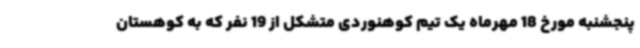
پنجشنبه مورخ 18 مهرماه یک تیم کوهنوردی متشکل از 19 نفر که به کوهستان